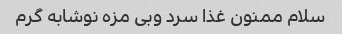
سلام ممنون غذا سرد وبی مزه نوشابه گرم